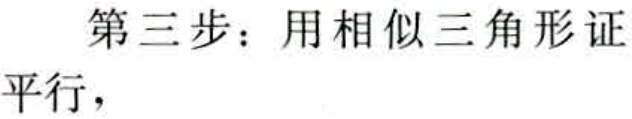
第三步：用相似三角形证平行，